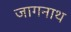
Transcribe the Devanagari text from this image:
जागनाथ